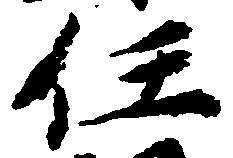
任